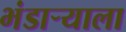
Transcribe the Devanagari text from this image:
भंडार्‍याला